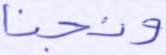
ونجنا